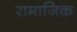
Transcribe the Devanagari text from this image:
रामाजिक